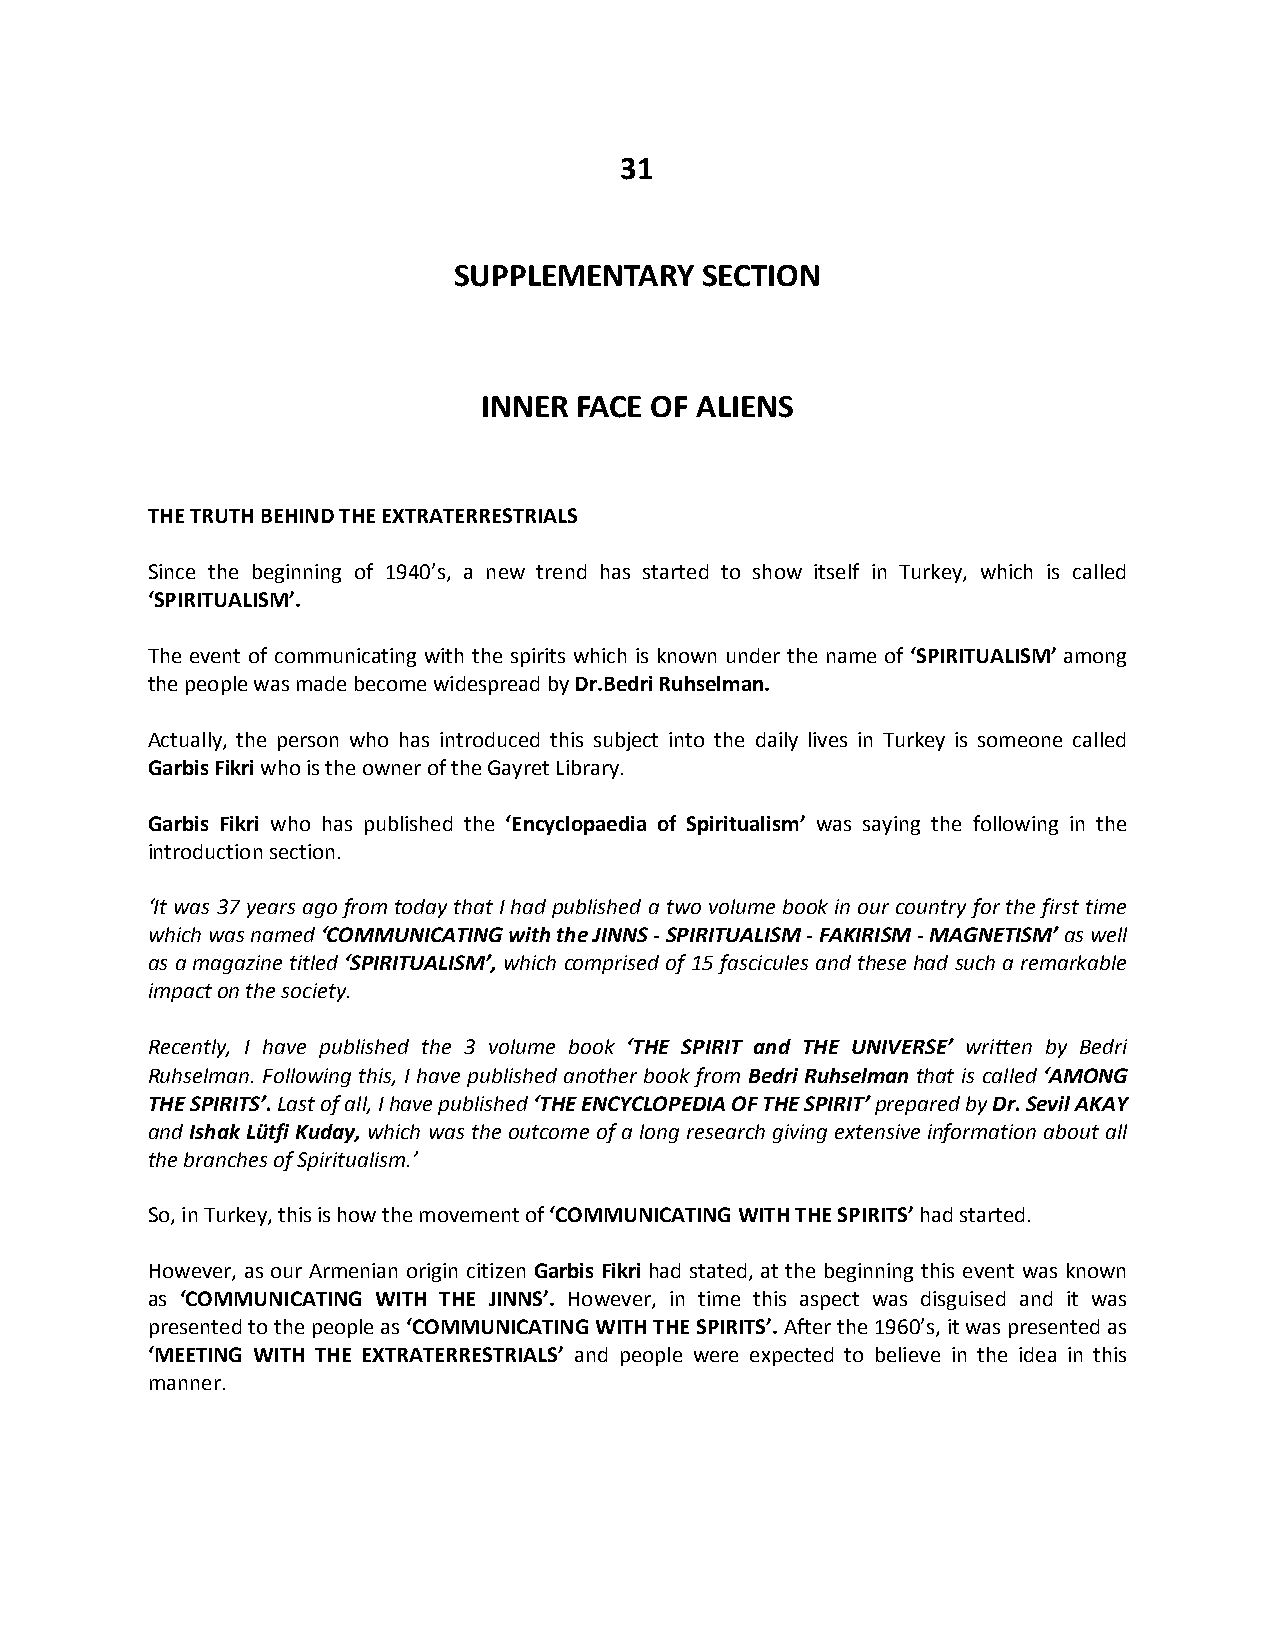
31
 SUPPLEMENTARY   SECTION
 INNER FACE OF ALIENS
 THE TRUTH BEHIND THE EXTRATERRESTRIALS
 Since the beginning of 1940’s, a new trend has started to show itself in Turkey, which is called
 ‘SPIRITUALISM’.
 The event of communicating with the spirits which is known under the name of ‘SPIRITUALISM’ among
 the people was made become widespread by Dr.Bedri Ruhselman.
 Actually, the person who has introduced this subject into the daily lives in Turkey is someone called
 Garbis Fikri who is the owner of the Gayret Library.
 Garbis Fikri who has published the ‘Encyclopaedia of Spiritualism’ was saying the following in the
 introduction section.
 ‘It was 37 years ago from today that I had published a two volume book in our country for the first time
 which was named ‘COMMUNICATING with the JINNS - SPIRITUALISM - FAKIRISM - MAGNETISM’ as well
 as a magazine titled ‘SPIRITUALISM’, which comprised of 15 fascicules and these had such a remarkable
 impact on the society.
 Recently, I have published the 3 volume book ‘THE SPIRIT and THE UNIVERSE’ written by Bedri
 Ruhselman. Following this, I have published another book from Bedri Ruhselman that is called ‘AMONG
 THE SPIRITS’. Last of all, I have published ‘THE ENCYCLOPEDIA OF THE SPIRIT’ prepared by Dr. Sevil AKAY
 and Ishak Lütfi Kuday, which was the outcome of a long research giving extensive information about all
 the branches of Spiritualism.’
 So, in Turkey, this is how the movement of ‘COMMUNICATING WITH THE SPIRITS’ had started.
 However, as our Armenian origin citizen Garbis Fikri had stated, at the beginning this event was known
 as ‘COMMUNICATING WITH THE JINNS’. However, in time this aspect was disguised and it was
 presented to the people as ‘COMMUNICATING WITH THE SPIRITS’. After the 1960’s, it was presented as
 ‘MEETING WITH THE EXTRATERRESTRIALS’ and people were expected to believe in the idea in this
 manner.